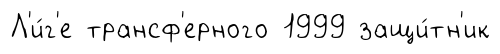
Л'и́г'е трансф'ерного 1999 защи́тн'ик